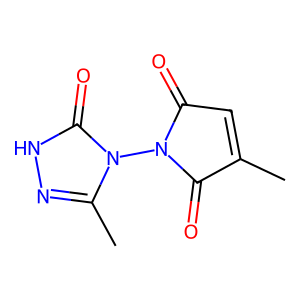
SMILES: CC1=CC(=O)N(n2c(C)n[nH]c2=O)C1=O
Inhibits HIV replication: No